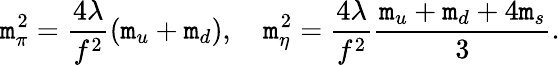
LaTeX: \mathtt{m}_{\pi}^{2}=\frac{{4\lambda}}{{f^{2}}}(\mathtt{m}_{u}+\mathtt{m}_{d}),\quad\mathtt{m}_{\eta}^{2}=\frac{{4\lambda}}{{f^{2}}}\frac{{\mathtt{m}_{u}+\mathtt{m}_{d}+4\mathtt{m}_{s}}}{{3}}.